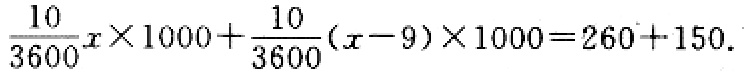
\(\frac{10}{3600}x\times1000+\frac{10}{3600}(x - 9)\times1000=260 + 150\)